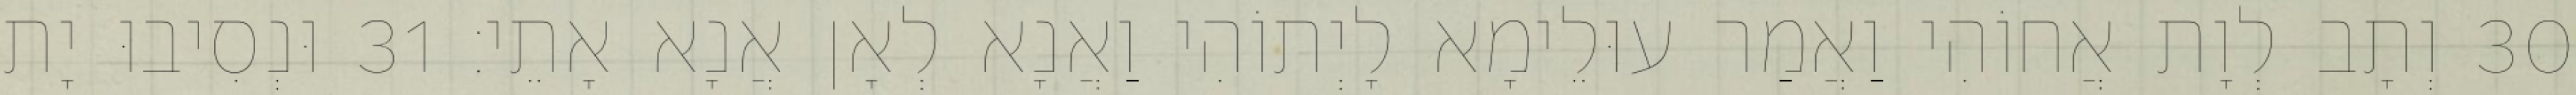
30 וְתָב לְוָת אֲחוֹהִי וַאֲמַר עוּלֵימָא לָיְתוֹהִי וַאֲנָא לְאָן אֲנָא אָתֵי׃ 31 וּנְסִיבוּ יָת